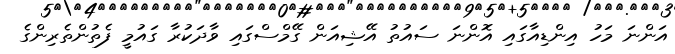
އަންނަ މަހު އިންޑިއާގައި އޮންނަ ސައުތު އޭޝިއަން ގޭމްސްގައި ވާދަކުރާ ގައުމީ ފެތުންތެރިންގެ